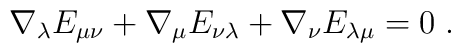
\nabla_{\lambda}E_{\mu \nu}+\nabla_{\mu}E_{\nu \lambda}+\nabla_{\nu}E_{\lambda \mu}=0 \; .